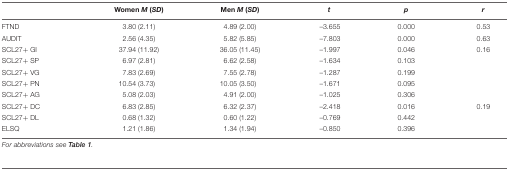
|  | Women M (SD) | Men M (SD) | t | p | r |
 | --- | --- | --- | --- | --- | --- |
 | FTND | 3.80 (2.11) | 4.89 (2.00) | –3.655 | 0.000 | 0.53 |
 | AUDIT | 2.56 (4.35) | 5.82 (5.85) | –7.803 | 0.000 | 0.63 |
 | SCL27+ GI | 37.94 (11.92) | 36.05 (11.45) | –1.997 | 0.046 | 0.16 |
 | SCL27+ SP | 6.97 (2.81) | 6.62 (2.58) | –1.634 | 0.103 |  |
 | SCL27+ VG | 7.83 (2.69) | 7.55 (2.78) | –1.287 | 0.199 |  |
 | SCL27+ PN | 10.54 (3.73) | 10.05 (3.50) | –1.671 | 0.095 |  |
 | SCL27+ AG | 5.08 (2.03) | 4.91 (2.00) | –1.025 | 0.306 |  |
 | SCL27+ DC | 6.83 (2.85) | 6.32 (2.37) | –2.418 | 0.016 | 0.19 |
 | SCL27+ DL | 0.68 (1.32) | 0.60 (1.22) | –0.769 | 0.442 |  |
 | ELSQ | 1.21 (1.86) | 1.34 (1.94) | –0.850 | 0.396 |  |